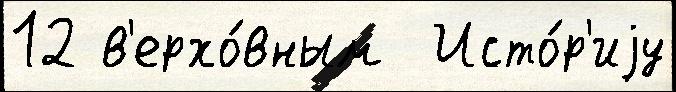
12 в'ерхо́вным  Исто́р'иjу